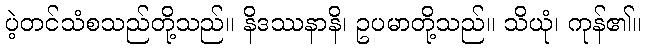
ပဲ့တင်သံစသည်တို့သည်။ နိဒဿနာနိ၊ ဥပမာတို့သည်။ သိယုံ၊ ကုန်၏။